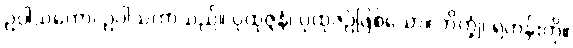
ဥပါသကော၊ ဥပါသကာသည်။ ပုထုဇ္ဇနံ၊ ပုထုဇဉ်ဖြစ်သော။ ဘိက္ခုံ၊ ရဟန်းကို။